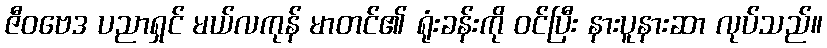
ဇီဝဗေဒ ပညာရှင် မယ်လကုန် မာတင်၏ ရုံးခန်းကို ဝင်ပြီး နားပူနားဆာ လုပ်သည်။